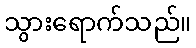
သွားရောက်သည်။